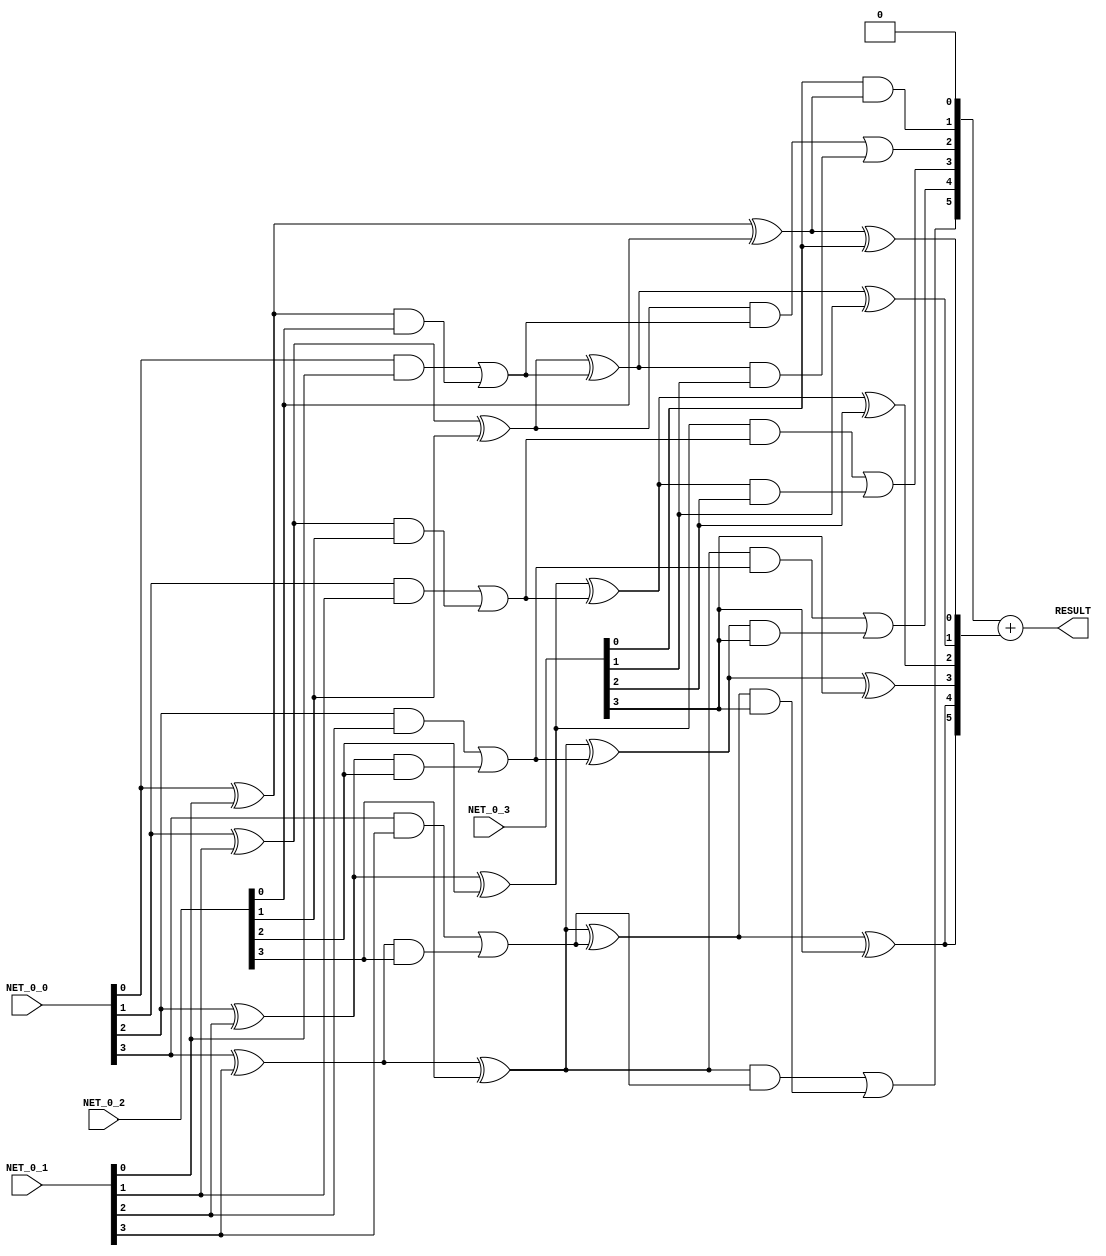
module wt_4_3p03p03p03p0(
                             RESULT,
                             NET_0_0,
                             NET_0_1,
                             NET_0_2,
                             NET_0_3
                          );

output [5:0] RESULT;

input  [3:0] NET_0_0;
input  [3:0] NET_0_1;
input  [3:0] NET_0_2;
input  [3:0] NET_0_3;

wire [5:0] RESULT;

wire   [3:0] net_0_0;
wire   [3:0] net_0_1;
wire   [3:0] net_0_2;
wire   [3:0] net_0_3;

assign net_0_0 = NET_0_0;
assign net_0_1 = NET_0_1;
assign net_0_2 = NET_0_2;
assign net_0_3 = NET_0_3;

//Sergio: Header generation ends here

wire [4:0] net_1_0;
wire [5:1] net_1_1;
wire [3:0] net_1_2;

wire [5:0] net_2_0;
wire [5:1] net_2_1;

wire [5:0] net_3_0;

//Sergio: Net generation ends here

initial
  begin
  $monitor(" net_2_0 %b\n",net_2_0);
  $monitor(" net_2_1 %b\n",net_2_1);
  $monitor(" net_1_0 %b\n",net_1_0);
  $monitor(" net_1_1 %b\n",net_1_1);
  $monitor(" net_1_2 %b\n",net_1_2);
 end

assign net_1_0[0] = net_0_0[0]^net_0_1[0]^net_0_2[0];
assign net_1_0[1] = net_0_0[1]^net_0_1[1]^net_0_2[1];
assign net_1_0[2] = net_0_0[2]^net_0_1[2]^net_0_2[2];
assign net_1_0[3] = net_0_0[3]^net_0_1[3]^net_0_2[3];
assign net_1_0[4] = net_0_0[3]^net_0_1[3]^net_0_2[3];

assign net_1_1[1] = (net_0_0[0] & net_0_1[0]) | ((net_0_0[0] ^ net_0_1[0]) & net_0_2[0]);
assign net_1_1[2] = (net_0_0[1] & net_0_1[1]) | ((net_0_0[1] ^ net_0_1[1]) & net_0_2[1]);
assign net_1_1[3] = (net_0_0[2] & net_0_1[2]) | ((net_0_0[2] ^ net_0_1[2]) & net_0_2[2]);
assign net_1_1[4] = (net_0_0[3] & net_0_1[3]) | ((net_0_0[3] ^ net_0_1[3]) & net_0_2[3]);
assign net_1_1[5] = (net_0_0[3] & net_0_1[3]) | ((net_0_0[3] ^ net_0_1[3]) & net_0_2[3]);

assign net_1_2 = net_0_3;

assign net_2_0[0] = net_1_0[0]^net_1_2[0];
assign net_2_0[1] = net_1_0[1]^net_1_1[1]^net_1_2[1];
assign net_2_0[2] = net_1_0[2]^net_1_1[2]^net_1_2[2];
assign net_2_0[3] = net_1_0[3]^net_1_1[3]^net_1_2[3];
assign net_2_0[4] = net_1_0[4]^net_1_1[4]^net_1_2[3];
assign net_2_0[5] = net_1_0[4]^net_1_1[5]^net_1_2[3];

assign net_2_1[1] = net_1_2[0] & net_1_0[0];
assign net_2_1[2] = (net_1_0[1] & net_1_1[1]) | ((net_1_0[1] ^ net_1_1[1]) & net_1_2[1]);
assign net_2_1[3] = (net_1_0[2] & net_1_1[2]) | ((net_1_0[2] ^ net_1_1[2]) & net_1_2[2]);
assign net_2_1[4] = (net_1_0[3] & net_1_1[3]) | ((net_1_0[3] ^ net_1_1[3]) & net_1_2[3]);
assign net_2_1[5] = (net_1_0[4] & net_1_1[4]) | ((net_1_0[4] ^ net_1_1[4]) & net_1_2[3]);


assign net_3_0 = { net_2_1, 1'b0 } + net_2_0;

assign RESULT = net_3_0;

endmodule //